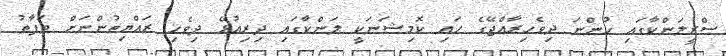
ސްރީލަންކާގައި ހުންނަ ދިވެހިރާއްޖޭގެ ހައި ކޮމިޝަނަކީ ލަންކާގައި ދިރިއުޅޭ ދިވެހި ރައްޔިތުންނަށް ތަފާތު